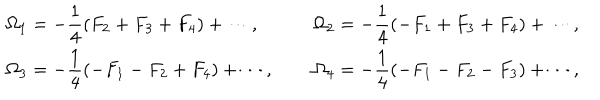
\renewcommand { \arraystretch } { 2 } \begin{array} { l c l } { { \displaystyle \Omega _ { 1 } = - \frac { 1 } { 4 } ( F _ { 2 } + F _ { 3 } + F _ { 4 } ) + \cdots , } } & { { ~ } } & { { \displaystyle \Omega _ { 2 } = - \frac { 1 } { 4 } ( - F _ { 1 } + F _ { 3 } + F _ { 4 } ) + \cdots , } } \\ { { \displaystyle \Omega _ { 3 } = - \frac { 1 } { 4 } ( - F _ { 1 } - F _ { 2 } + F _ { 4 } ) + \cdots , } } & { { ~ } } & { { \displaystyle \Omega _ { 4 } = - \frac { 1 } { 4 } ( - F _ { 1 } - F _ { 2 } - F _ { 3 } ) + \cdots , } } \\ \end{array}